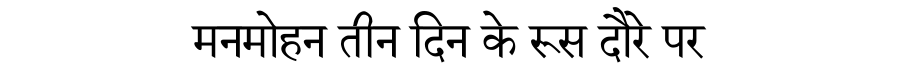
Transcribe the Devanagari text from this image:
मनमोहन तीन दिन के रूस दौरे पर